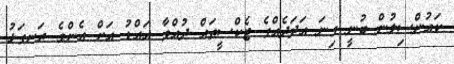
ކައުންސިލުން ބުނީ ގިނަ އަދަދެއްގެ ޓެކްސީތައް ދުއްވާ އައްޑު އަށް އެންމެ ރަނގަޅު